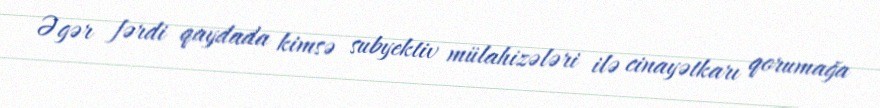
Əgər fərdi qaydada kimsə subyektiv mülahizələri ilə cinayətkarı qorumağa